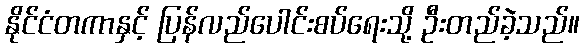
နိုင်ငံတကာနှင့် ပြန်လည်ပေါင်းစပ်ရေးသို့ ဦးတည်ခဲ့သည်။